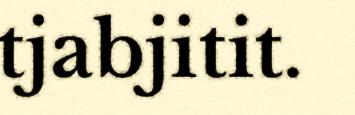
tjabjitit.